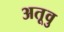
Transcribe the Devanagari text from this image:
अतूवु